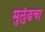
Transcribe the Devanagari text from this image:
मुलुंडचा